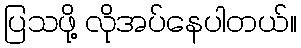
ပြသဖို့ လိုအပ်နေပါတယ်။